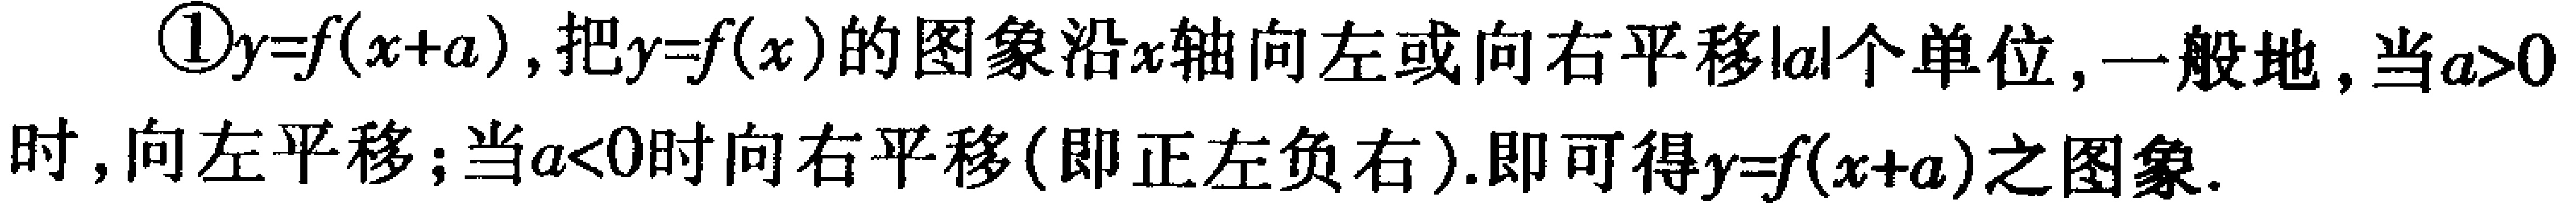
\textcircled{1}$y = f(x + a)$，把$y = f(x)$的图象沿$x$轴向左或向右平移$|a|$个单位，一般地，当$a>0$时，向左平移；当$a<0$时向右平移(即正左负右).即可得$y = f(x + a)$之图象.